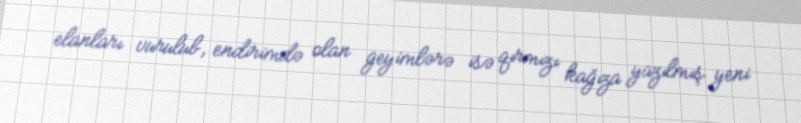
elanları vurulub, endirimdə olan geyimlərə isə qırmızı kağıza yazılmış yeni